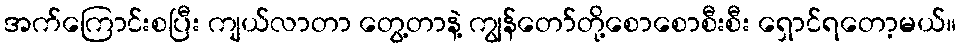
အက်ကြောင်းစပြီး ကျယ်လာတာ တွေ့တာနဲ့ ကျွန်တော်တို့စောစောစီးစီး ရှောင်ရတော့မယ်။